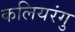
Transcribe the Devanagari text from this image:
कलियरंगु